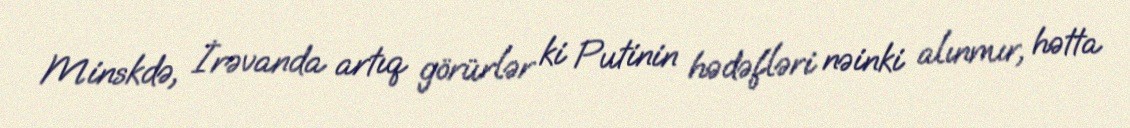
Minskdə, İrəvanda artıq görürlər ki Putinin hədəfləri nəinki alınmır, hətta